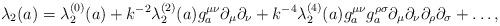
LaTeX: \begin{align*}\lambda_{2}(a) = \lambda_{2}^{(0)}(a) + k^{-2}\lambda_{2}^{(2)}(a) g_a^{\mu \nu} \partial_{\mu} \partial_{\nu} + k^{-4}\lambda_{2}^{(4)}(a) g_a^{\mu \nu} g_a^{\rho \sigma} \partial_\mu \partial_\nu \partial_\rho\partial_\sigma + \ldots ,\end{align*}